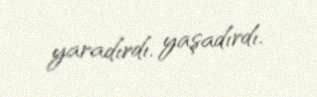
yaradırdı, yaşadırdı.